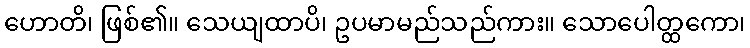
ဟောတိ၊ ဖြစ်၏။ သေယျထာပိ၊ ဥပမာမည်သည်ကား။ သောပေါတ္ထကော၊